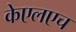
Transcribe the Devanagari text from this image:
केएलएच